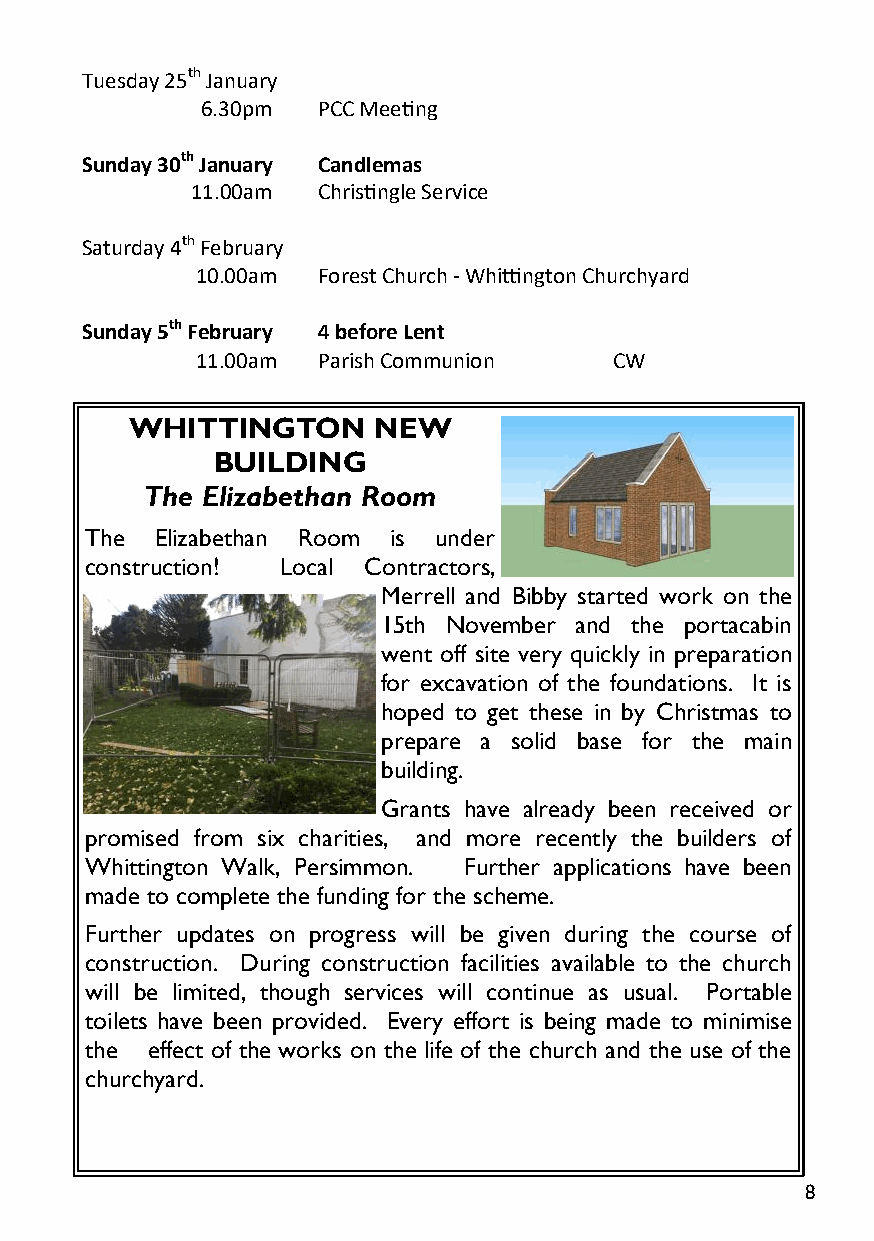
Tuesday 25th January
 6.30pm  PCC Meeting
 Sunday 30th January Candlemas
 11.00am Christingle Service
 Saturday 4th February
 10.00am Forest Church - Whittington Churchyard
 Sunday 5th February 4 before Lent
 11.00am Parish Communion    CW
 WHITTINGTON     NEW
 BUILDING
 The Elizabethan Room
 The Elizabethan Room is under
 construction! Local Contractors,
 Merrell and Bibby started work on the
 15th November and the portacabin
 went off site very quickly in preparation
 for excavation of the foundations. It is
 hoped to get these in by Christmas to
 prepare a solid base for the main
 building.
 Grants have already been received or
 promised from six charities, and more recently the builders of
 Whittington Walk, Persimmon. Further applications have been
 made to complete the funding for the scheme.
 Further updates on progress will be given during the course of
 construction. During construction facilities available to the church
 will be limited, though services will continue as usual. Portable
 toilets have been provided. Every effort is being made to minimise
 the effect of the works on the life of the church and the use of the
 churchyard.
 8